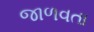
જાળવતા